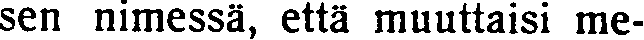
sen nimessä, että muuttaisi me-